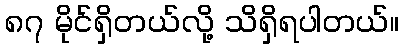
၈၇ မိုင်ရှိတယ်လို့ သိရှိရပါတယ်။